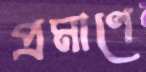
প্রমাণে